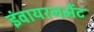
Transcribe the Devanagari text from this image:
इंवायरनमेंट